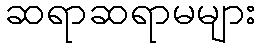
ဆရာဆရာမများ